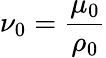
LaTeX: \nu_{0}={\frac{\mu_{0}}{\rho_{0}}}